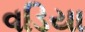
વડિયા